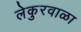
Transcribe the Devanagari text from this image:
लेकुरवाळा